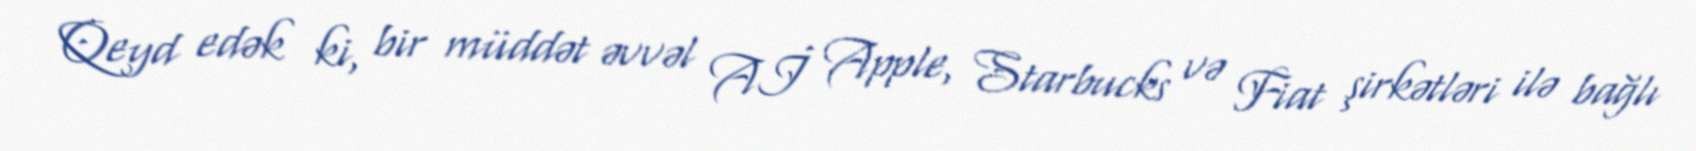
Qeyd edək ki, bir müddət əvvəl Aİ Apple, Starbucks və Fiat şirkətləri ilə bağlı